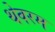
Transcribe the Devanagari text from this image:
थेवरम